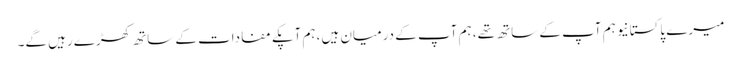
میرے پاکستانیو ہم آپ کے ساتھ تھے، ہم آپ کے درمیان ہیں، ہم آپکے مفادات کے ساتھ کھڑے رہیں گے۔